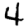
Digit: 4